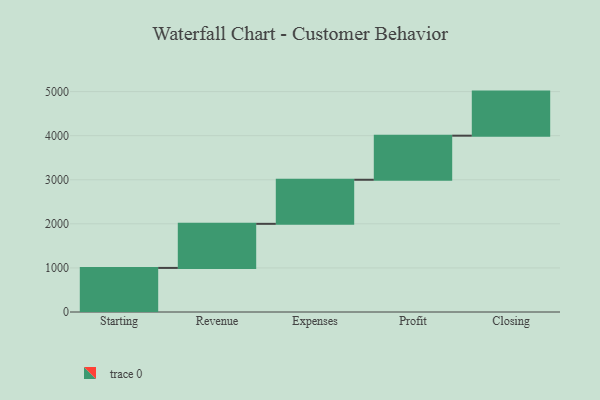
{"axis": {"x": "Step", "y": "Value"}, "legend": [""], "data": [{"x": "Starting", "y": 1000, "type": ""}, {"x": "Revenue", "y": 1000, "type": ""}, {"x": "Expenses", "y": 1000, "type": ""}, {"x": "Profit", "y": 1000, "type": ""}, {"x": "Closing", "y": 1000, "type": ""}]}